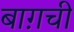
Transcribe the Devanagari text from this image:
बाग़ची